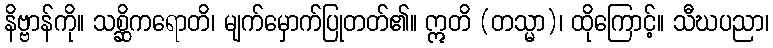
နိဗ္ဗာန်ကို။ သစ္ဆိကရောတိ၊ မျက်မှောက်ပြုတတ်၏။ ဣတိ (တသ္မာ)၊ ထိုကြောင့်။ သီဃပညာ၊